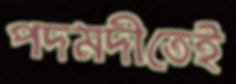
পদমদীতেই